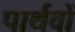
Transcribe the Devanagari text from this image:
पार्थवों